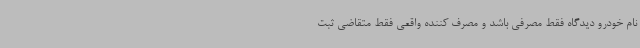
نام خودرو دیدگاه فقط مصرفی باشد و مصرف کننده واقعی فقط متقاضی ثبت